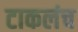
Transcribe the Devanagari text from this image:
टाकलंच